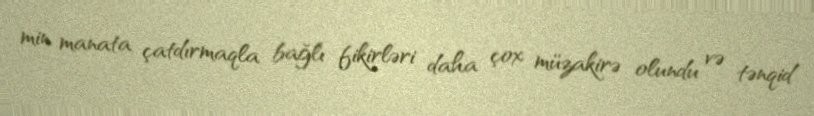
min manata çatdırmaqla bağlı fikirləri daha çox müzakirə olundu və tənqid